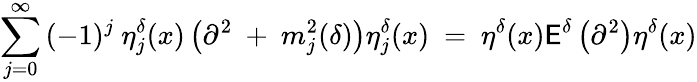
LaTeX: \sum_{j=0}^{\infty}{(-1)^{j}}\ {\eta}_{j}^{\delta}(x)\left({\partial}^{2}\ +\ m_{j}^{2}(\delta)\right){\eta}_{j}^{\delta}(x)\ =\ \eta^{\delta}(x){\cal\mathsf{E}}^{\delta}\left({\partial}^{2}\right)\eta^{\delta}(x)